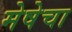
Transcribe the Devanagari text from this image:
मेषेचा